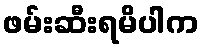
ဖမ်းဆီးရမိပါက